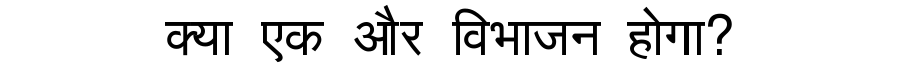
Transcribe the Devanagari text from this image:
क्या एक और विभाजन होगा?